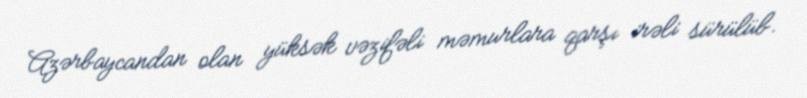
Azərbaycandan olan yüksək vəzifəli məmurlara qarşı irəli sürülüb.